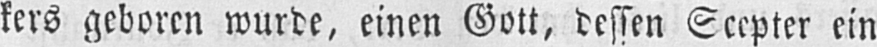
kers geboren wurde, einen Gott, dessen Scepter ein